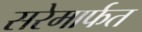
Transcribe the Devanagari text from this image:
सरेमार्फत